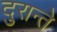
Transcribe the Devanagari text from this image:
दुरान्ते